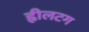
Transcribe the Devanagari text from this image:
ह्वीलटग